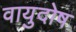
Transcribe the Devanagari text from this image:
वायुदोष